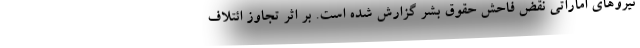
نیروهای اماراتی نقض فاحش حقوق بشر گزارش شده است. بر اثر تجاوز ائتلاف